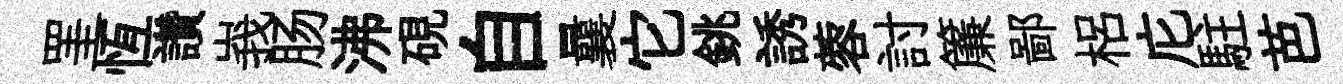
罣恆讚峩肠沸硯自曩它銚誘蓉討簾鄙梠庀駐芭